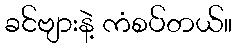
ခင်ဗျားနဲ့ ကံစပ်တယ်။